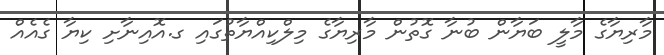
މާރިޔާގެ މާލީ ބަޔާން ބުނާ ގޮތުން މާރިޔާގެ މިލްކިއްޔާތުގައި ގ.އޮއިނާށި ކިޔާ ގެއެއް